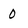
Character: 0